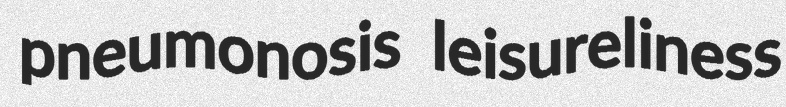
pneumonosis leisureliness